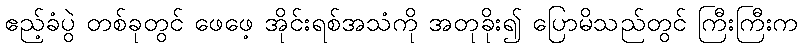
ဧည့်ခံပွဲ တစ်ခုတွင် ဖေဖေ့ အိုင်းရစ်အသံကို အတုခိုး၍ ပြောမိသည်တွင် ကြီးကြီးက